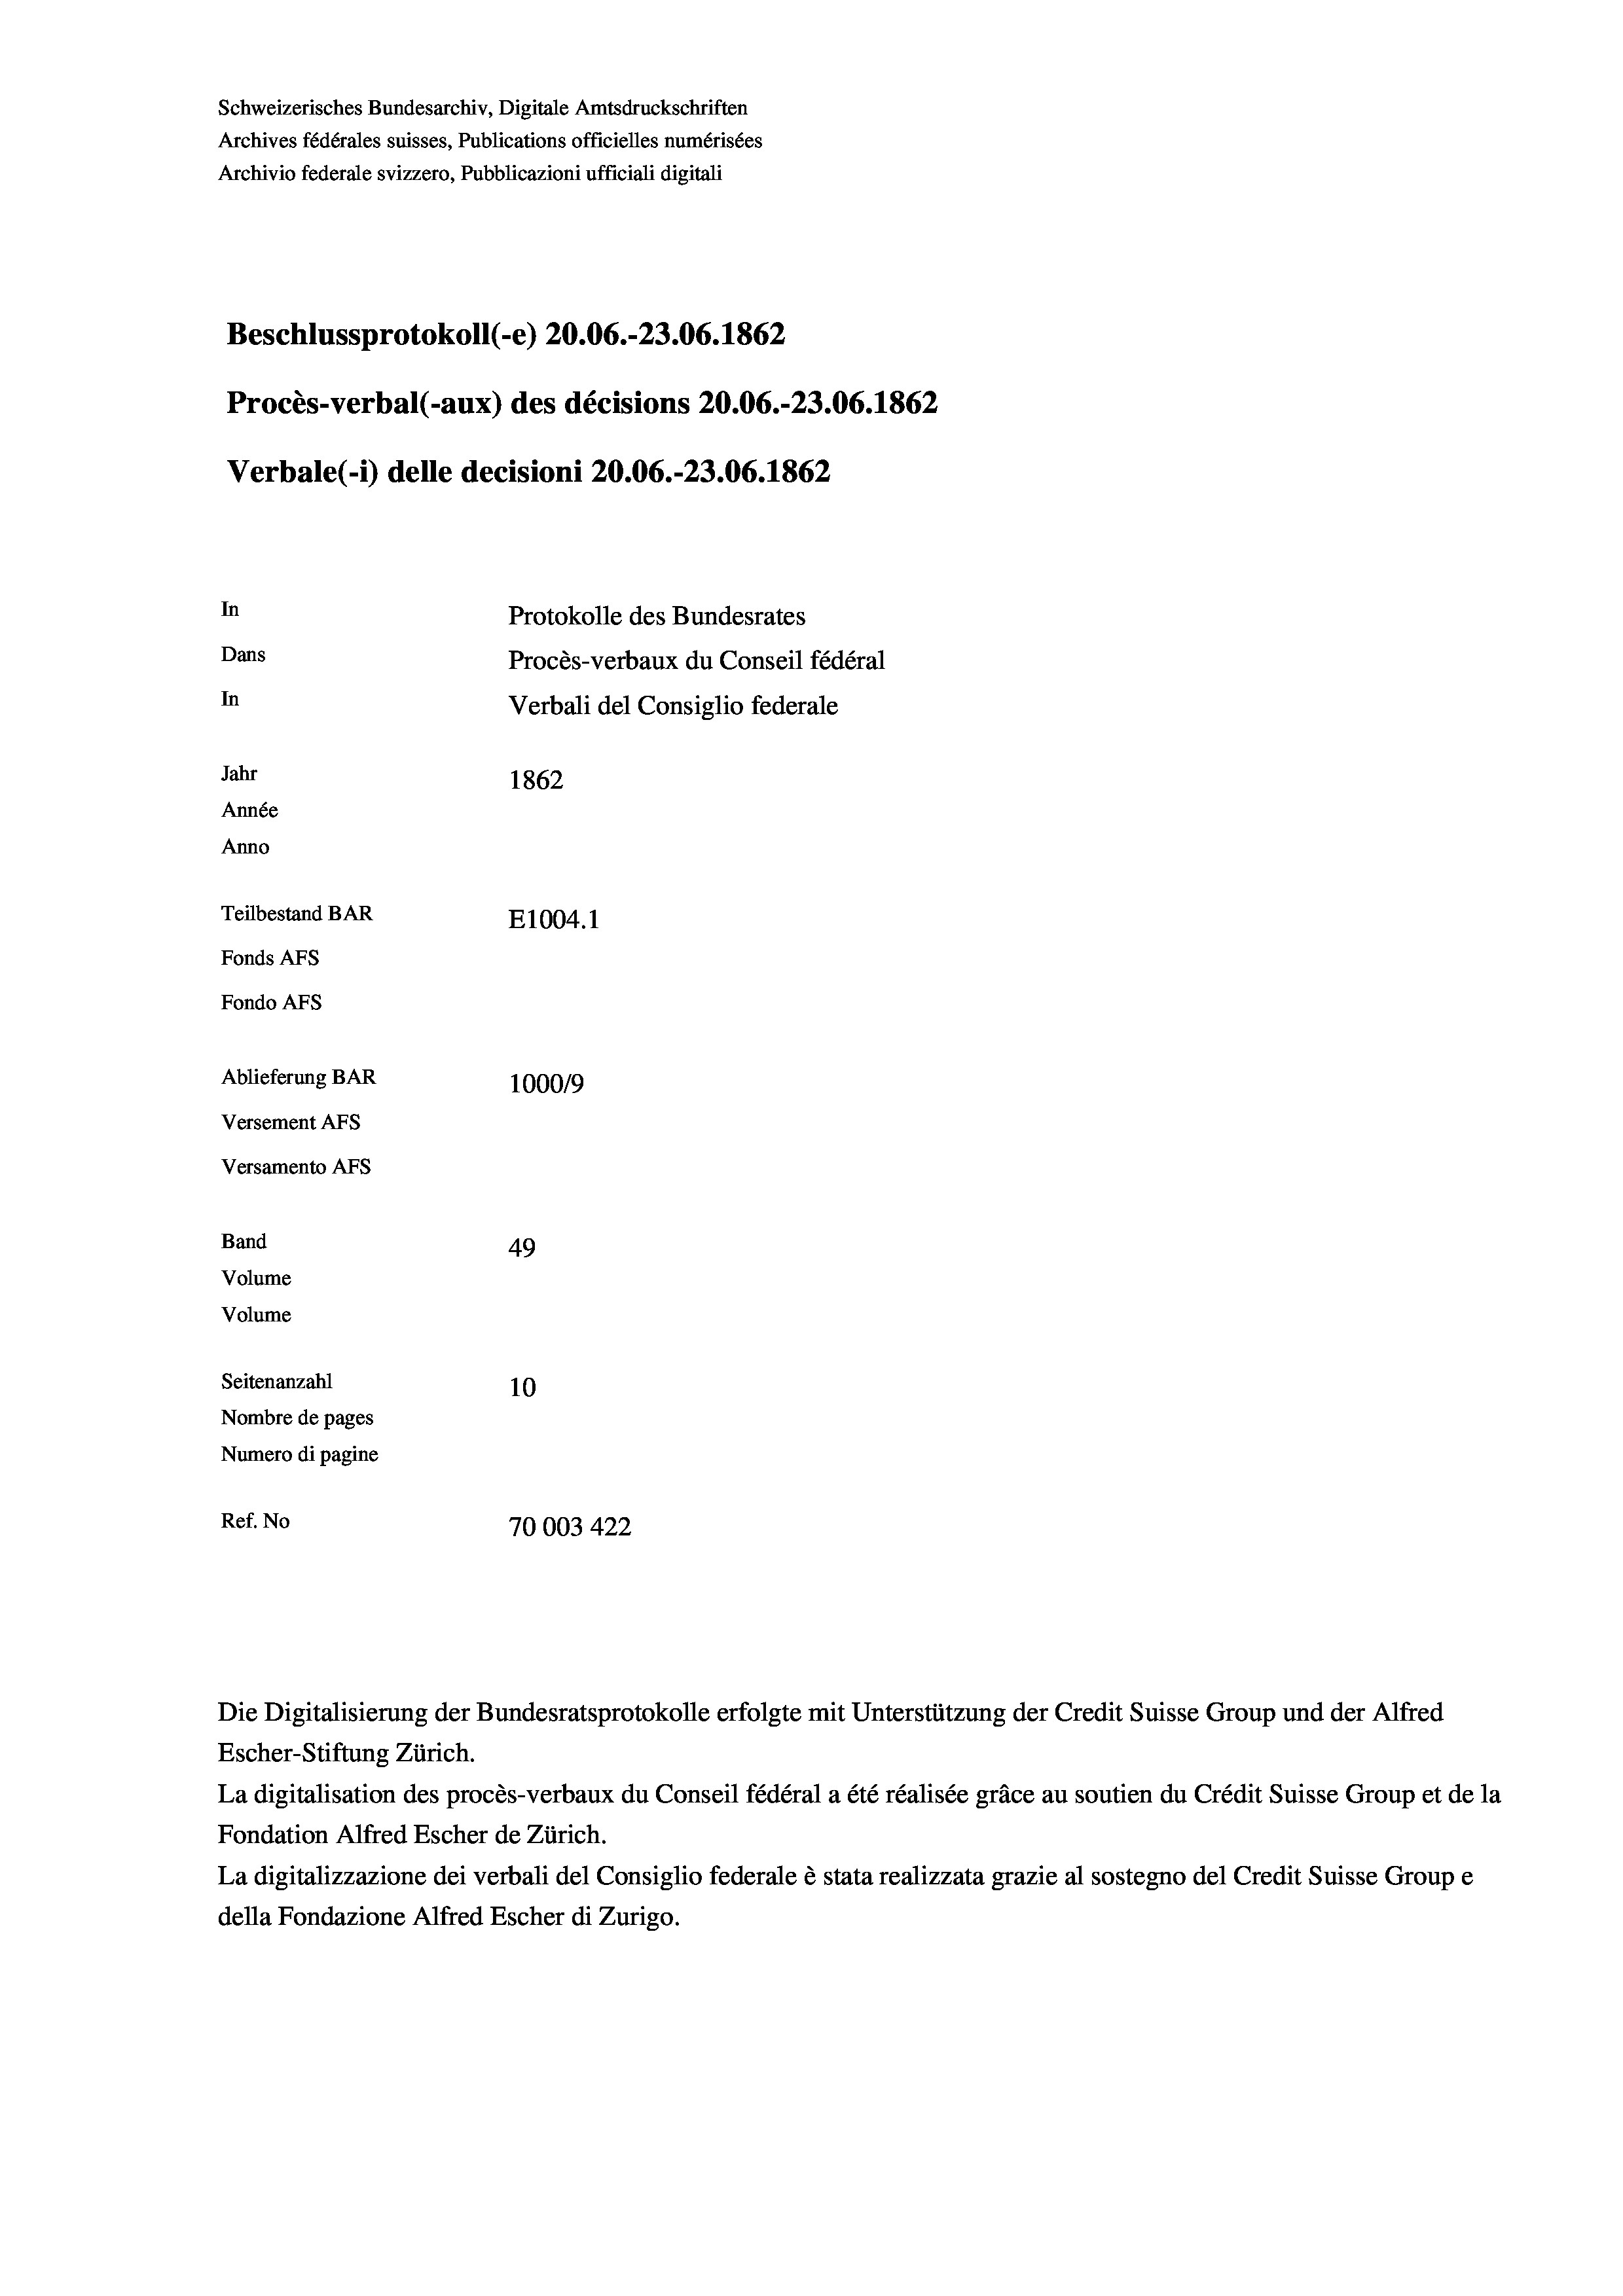
Schweizerisches Bundesarchiv, Digitale Amtsdruckschriften
Archives fédérales suisses, Publications officielles numérisées
Archivio federale svizzero, Pubblicazioni ufficiali digitali
Beschlussprotokoll (-e) 20.06.-23.06. 1862
Procès-verbal (-aux) des décisions 20.06.-23.06. 1862
Verbale (i) delle decisioni 20.06.-23.06. 1862
In
Protokolle des Bundesrates
Dans
Procès-verbaux du Conseil fédéral
In
Verbali del Consiglio federale
Jahr
1862
Année
Anno
Teilbestand BAR
E1004. 1
Fonds AFs
Fondo Afs
Ablieferung BAR
100019
Versement AFs
Versamento Afs
Band
49
Volume
Volume
Seitenanzahl
10
Nombre de pages
Numero di pagine
Ref. No
70003 422

Die Digitalisierung der Bundesratsprotokolle erfolgte mit Unterstützung der Credit Suisse Group und der Alfred
Escher-Stiftung Zürich.

La digitalisation des procès-verbaux du Conseil fédéral a été réalisée gräce au soutien du Crédit Suisse Group et de la
Fondation Alfred Escher de Zürich.
La digitalizzazione dei verbali del Consiglio federale è stata realizzata grazie al sostegno del Credit Suisse Groupe
della Fondazione Alfred Escher di Zurigo.